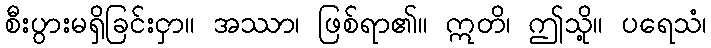
စီးပွားမရှိခြင်းငှာ။ အဿာ၊ ဖြစ်ရာ၏။ ဣတိ၊ ဤသို့။ ပရေသံ၊